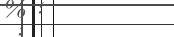
: